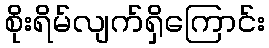
စိုးရိမ်လျက်ရှိကြောင်း